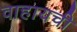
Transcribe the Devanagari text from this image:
वाहायची